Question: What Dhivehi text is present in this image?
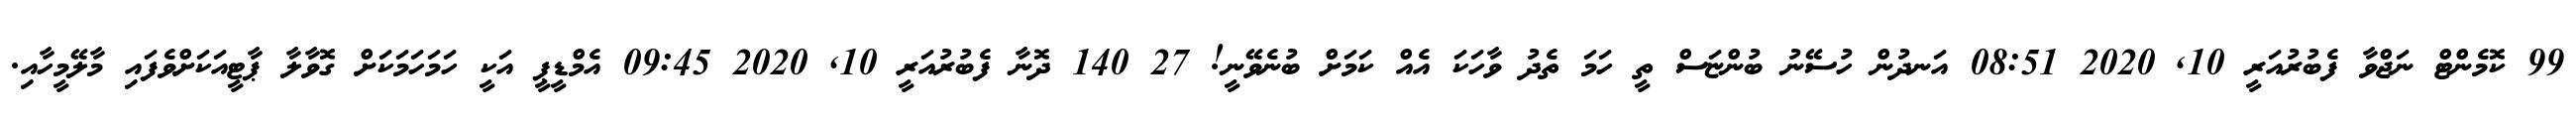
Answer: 99 ކޮމެންޓް ނަޖްވާ ފެބުރުއަރީ 10, 2020 08:51 އަނދުން ހުސޭނު ބުންޏަސް ތީ ހަމަ ތެދު ވާހަކަ އެއް ކަމަށް ބުނެވޭނީ! 27 140 ދޮނާ ފެބުރުއަރީ 10, 2020 09:45 އެމްޑީޕީ އަކީ ހަމަހަމަކަށް ގޮވާލާ ޕާޓީއަކަށްވެފައި މާލޭމީހާއި.